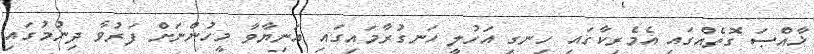
ޚާއްޞަ ގޮތެއްގައި އެމެރިކާގައި ހިނގި އަހުލީ ހަނގުރާމައިގައި އަނިޔާވާ މީހުންނަށް ފަރުވާ ދިނުމުގައި